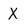
Character: X